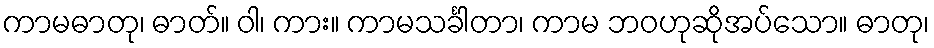
ကာမဓာတု၊ ဓာတ်။ ဝါ၊ ကား။ ကာမသင်္ခါတာ၊ ကာမ ဘဝဟုဆိုအပ်သော။ ဓာတု၊